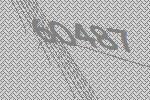
60487